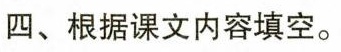
四、根据课文内容填空。